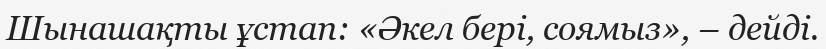
Шынашақты ұстап: «Әкел берi, соямыз», – дейдi.